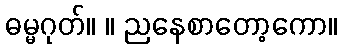
ဓမ္မဂုတ်။ ။ ညနေစာတော့ကော။